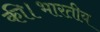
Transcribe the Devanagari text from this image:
की।भारतीय